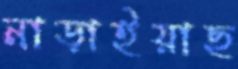
নাড়াইয়াছ